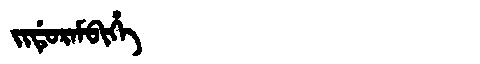
Manchu: ᠵᡳᡩᡠᡵᠠᠮᠪᡳᡥᡝ
Romanization: JIDURAMBIHE